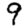
Digit: 9